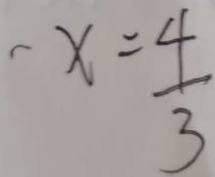
- x = \frac { 4 } { 3 }